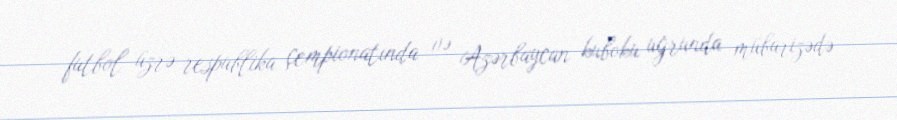
futbol üzrə respublika çempionatında və Azərbaycan kuboku uğrunda mübarizədə